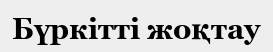
Бүркітті жоқтау